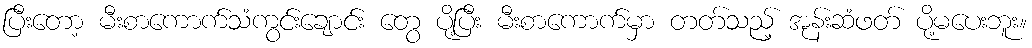
ပြီးတော့ မီးစာကောက်သံကွင်းချောင်း တွေ ပို့ပြီး မီးစာကောက်မှာ တတ်သည့် အုန်းဆံဖတ် ပို့မပေးဘူး။